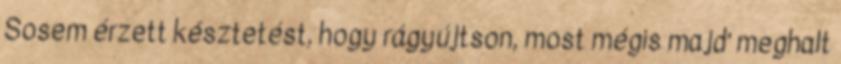
Sosem érzett késztetést, hogy rágyújtson, most mégis majd’ meghalt